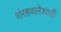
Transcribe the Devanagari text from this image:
शंखवलेश्वरी